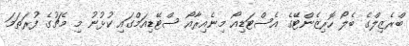
ބްރެޒިލްގެ ބެލޯ ހޮރިޒެންޓޭގެ އެސްޓަޑިއޯ މިނެއިރާއޯ ސްޓޭޑިއަމްގައި ކުޅުނު މި މެޗުގެ ފުރަތަމަ